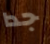
جدا